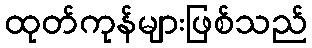
ထုတ်ကုန်များဖြစ်သည်